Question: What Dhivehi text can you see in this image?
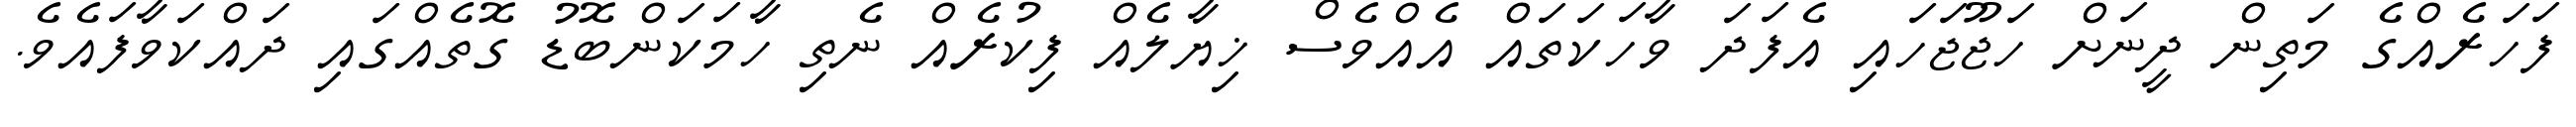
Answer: ފަހަރެއްގެ މަތިން ދީނަށް ހަޖޫޖަހައި އެފަދަ ވާހަކަތައް އެއްވެސް ޚިޔާލެއް ފިކުރެއް ނެތި ހާމަކަންބޮޑު ގޮތެއްގައި ދައްކަވާފައެވެ.